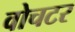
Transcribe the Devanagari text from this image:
वोचटर